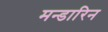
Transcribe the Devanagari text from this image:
मन्डारिन